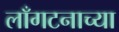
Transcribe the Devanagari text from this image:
लाँगटनाच्या